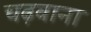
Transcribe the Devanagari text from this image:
चढ़वाना